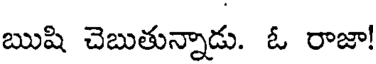
ఋషి చెబుతున్నాడు. ఓ రాజా!